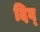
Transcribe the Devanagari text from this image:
दिव्‌